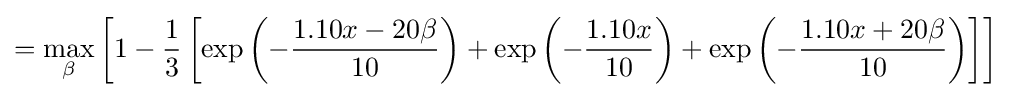
=\max _{\beta }\left[1-{\frac {1}{3}}\left[\exp \left(-{\frac {1.10x-20\beta }{10}}\right)+\exp \left(-{\frac {1.10x}{10}}\right)+\exp \left(-{\frac {1.10x+20\beta }{10}}\right)\right]\right]